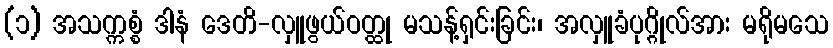
(၁) အသက္ကစ္စံ ဒါနံ ဒေတိ-လှူဖွယ်ဝတ္ထု မသန့်ရှင်းခြင်း၊ အလှူခံပုဂ္ဂိုလ်အား မရိုမသေ